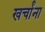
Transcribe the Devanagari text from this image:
खर्चांना